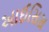
આઈસિસ